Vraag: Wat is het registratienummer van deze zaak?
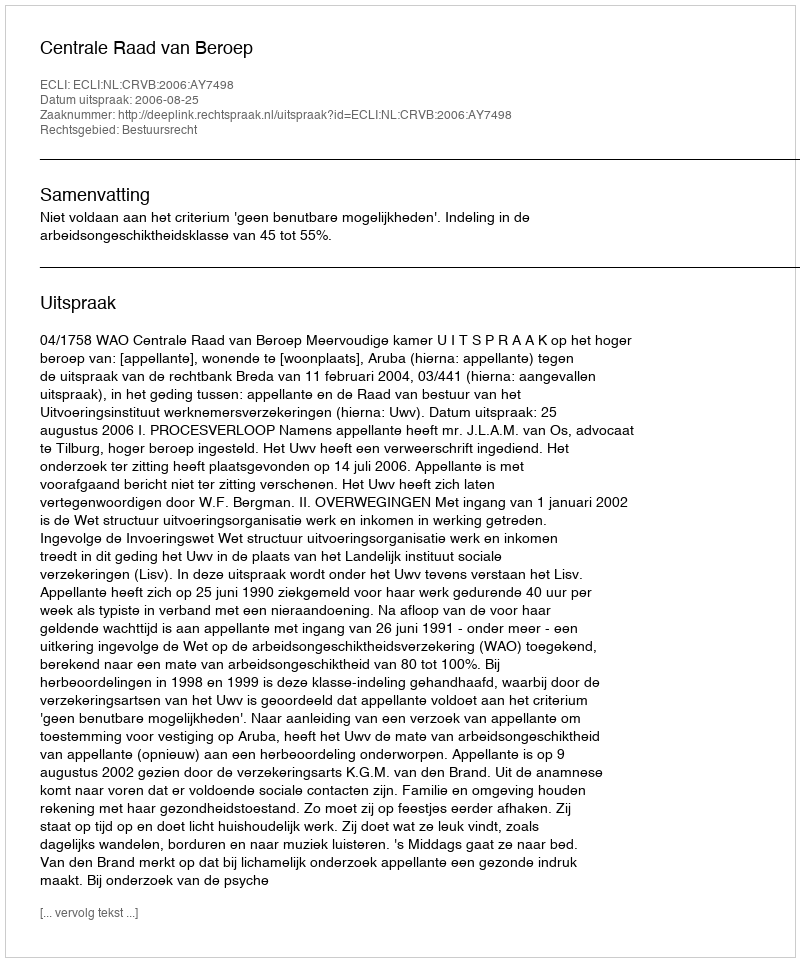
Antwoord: http://deeplink.rechtspraak.nl/uitspraak?id=ECLI:NL:CRVB:2006:AY7498